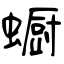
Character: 蟵